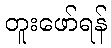
တူးဖော်ရန်